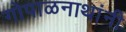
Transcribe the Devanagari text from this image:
गोपाळनाथांनी